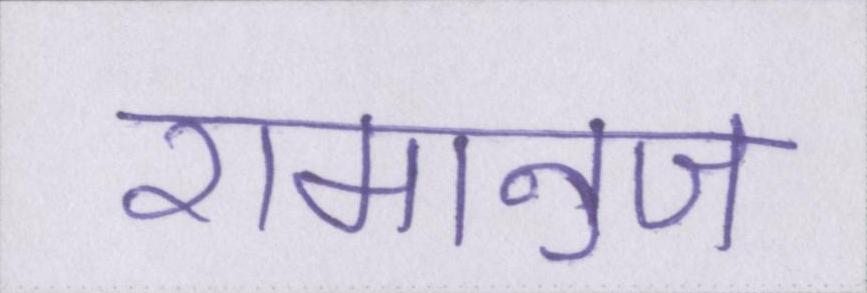
रामानुज